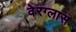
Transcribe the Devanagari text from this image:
वेरग्लास